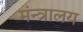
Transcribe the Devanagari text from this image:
मंन्त्रालय